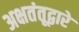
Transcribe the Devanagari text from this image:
अक्षतंतूद्वारे